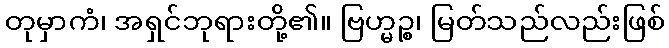
တုမှာကံ၊ အရှင်ဘုရားတို့၏။ ဗြဟ္မဉ္စ၊ မြတ်သည်လည်းဖြစ်